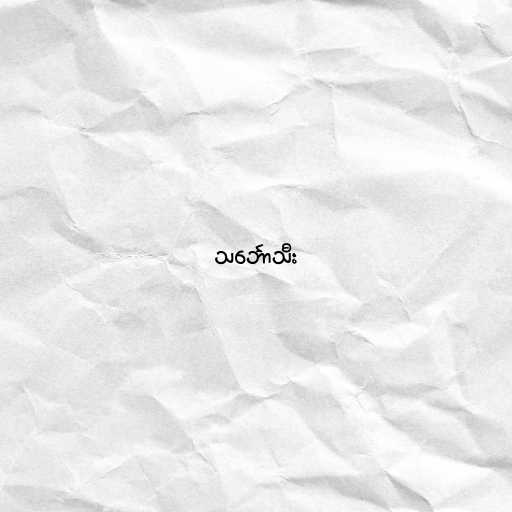
သင်္ဘောသီး